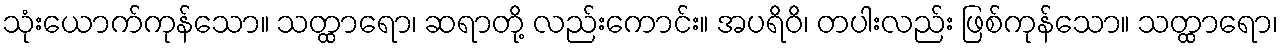
သုံးယောက်ကုန်သော။ သတ္ထာရော၊ ဆရာတို့ လည်းကောင်း။ အပရိဝိ၊ တပါးလည်း ဖြစ်ကုန်သော။ သတ္ထာရော၊